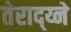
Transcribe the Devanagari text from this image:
तेराद्य्ने